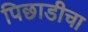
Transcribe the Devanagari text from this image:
पिछाडीचा